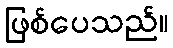
ဖြစ်ပေသည်။